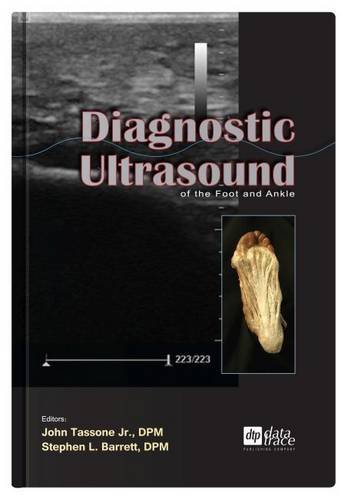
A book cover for Diagnostic Ultrasound of the Foot and Ankle; John, Jr., Ed. Tassone; Medical Books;